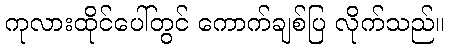
ကုလားထိုင်ပေါ်တွင် ကောက်ချစ်ပြ လိုက်သည်။